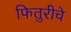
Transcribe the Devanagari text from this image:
फितुरीचे